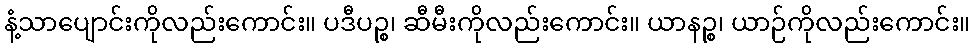
နံ့သာပျောင်းကိုလည်းကောင်း။ ပဒီပဉ္စ၊ ဆီမီးကိုလည်းကောင်း။ ယာနဉ္စ၊ ယာဉ်ကိုလည်းကောင်း။